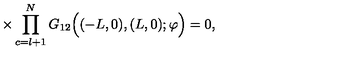
\times \prod _ { c = l + 1 } ^ { N } G _ { 1 2 } \Big ( ( - L , 0 ) , ( L , 0 ) ; \varphi \Big ) = 0 ,